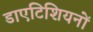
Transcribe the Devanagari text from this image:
डाएटिशियनों